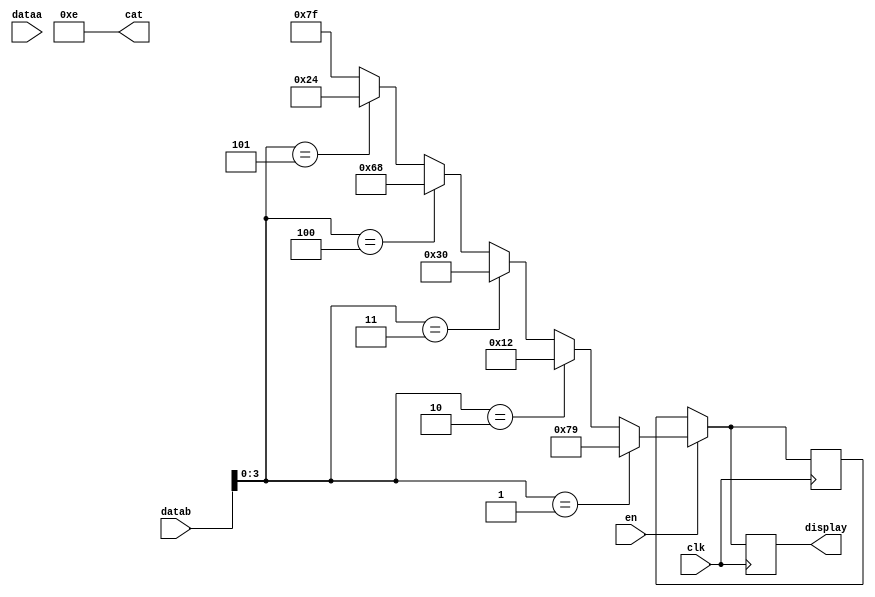
module display7segment(
	input [31:0]dataa,
	input [31:0]datab,
	input clk,
	input en,
	
	output reg [6:0]display,
	output [3:0]cat
);

	assign cat = 4'b1110;
	reg [6:0] auxSegment;
	always @(posedge clk) begin
		if(en) begin
			if(datab[3:0] ==  4'b0001)
				auxSegment = 7'b1111001;
			else if(datab[3:0] == 4'b0010)
				auxSegment = 7'b0010010;
			else if(datab[3:0] == 4'b0011)
				auxSegment = 7'b0110000;
			else if(datab[3:0] == 4'b0100)
				auxSegment = 7'b1101000;
			else if(datab[3:0] == 4'b0101)
				auxSegment = 7'b0100100;
			else
				auxSegment = 7'b11111111;
//			case (datab[3:0])
//				 //4'b0000: auxSegment = 7'b1111110;
//				 4'b0001: auxSegment = 7'b1111001;
//				 4'b0010: auxSegment = 7'b0010010;
//				 4'b0011: auxSegment = 7'b0110000;
//				 4'b0100: auxSegment = 7'b1101000;
//				 4'b0101: auxSegment = 7'b0100100;
//				 //4'b0110: auxSegment = 7'b0011111;
//				 //4'b0111: auxSegment = 7'b1110000;
				 //4'b1000: auxSegment = 7'b1111111;
				 //4'b1001: auxSegment = 7'b1110011;
				 //4'b1010: auxSegment = 7'b1110111;
				 //4'b1011: auxSegment = 7'b0011111;
				 //4'b1100: auxSegment = 7'b1001110;
				 //4'b1101: auxSegment = 7'b0111101;
				 //4'b1110: auxSegment = 7'b1001111;
				 //4'b1111: auxSegment = 7'b1000111;
//				 default: auxSegment = 7'b11111111;
//			endcase
		end
		display <= auxSegment[6:0];
	end
endmodule